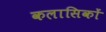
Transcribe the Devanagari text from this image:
कलासिकों